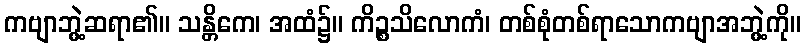
ကဗျာဘွဲ့ဆရာ၏။ သန္တိကေ၊ အထံ၌။ ကိဉ္စသိလောကံ၊ တစ်စုံတစ်ရာသောကဗျာအဘွဲ့ကို။